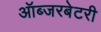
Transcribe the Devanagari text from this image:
ऑब्‍जरबेटरी